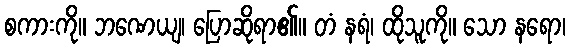
စကားကို။ ဘဏေယျ၊ ပြောဆိုရာ၏။ တံ နရံ၊ ထိုသူကို။ သော နရော၊